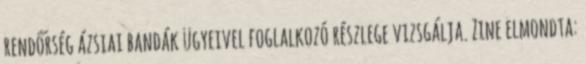
rendőrség ázsiai bandák ügyeivel foglalkozó részlege vizsgálja. Zine elmondta: